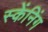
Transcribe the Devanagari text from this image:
स्केंनिंग